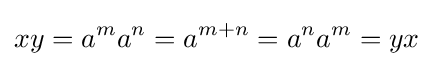
xy=a^{m}a^{n}=a^{m+n}=a^{n}a^{m}=yx